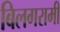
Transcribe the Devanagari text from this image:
बिलगरामी